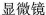
显微镜